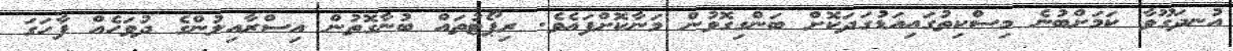
އުނދަގޫވާ ކަމަށްބުނެ މިސްކިތުގައިއަޑުގަދަކޮށް ބަންގިގޮވުން މަނާކޮށްފައެވެ. ރިޕޯޓުތައް ބުނާގޮތުން އިސްރާއިލުންގެ ދުވަހެއް ފާހަގަ